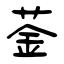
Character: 菳